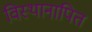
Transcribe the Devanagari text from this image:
विस्थानापित